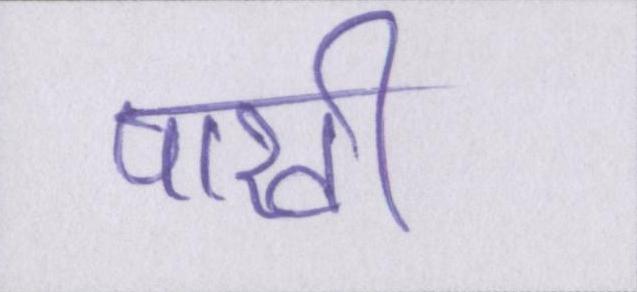
पाखी